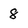
Character: 8